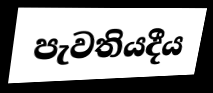
පැවතියදීය